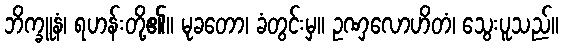
ဘိက္ခူနံ၊ ရဟန်းတို့၏။ မုခတော၊ ခံတွင်းမှ။ ဥဏှလောဟိတံ၊ သွေးပူသည်။